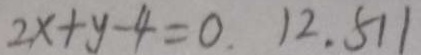
2 x + y - 4 = 0 . 1 2 . 5 1 1